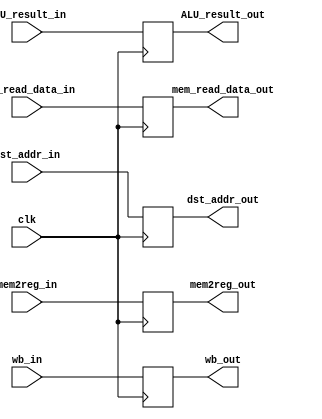
module MEM_WB(
    //outputs
    output wb_out,
    output mem2reg_out,
    output [31:0]mem_read_data_out,
    output [31:0]ALU_result_out,
    output [4:0]dst_addr_out,
    //Inputs
    input wb_in,
    input mem2reg_in,
    input [31:0]mem_read_data_in,
    input [31:0]ALU_result_in,
    input [4:0]dst_addr_in,
    input clk
);
reg wb, mem2reg;
reg [31:0]ALU_result, mem_read_data;
reg [4:0]dst_addr;
always @(negedge clk) begin
    wb <= wb_in;
    mem2reg <= mem2reg_in;
    mem_read_data <= mem_read_data_in;
    ALU_result <= ALU_result_in;
    dst_addr <= dst_addr_in;
end

assign wb_out = wb;
assign mem2reg_out = mem2reg;
assign mem_read_data_out = mem_read_data;
assign ALU_result_out = ALU_result;
assign dst_addr_out = dst_addr;

endmodule